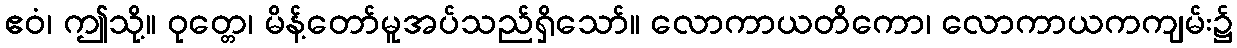
ဧဝံ၊ ဤသို့။ ဝုတ္တေ၊ မိန့်တော်မူအပ်သည်ရှိသော်။ လောကာယတိကော၊ လောကာယကကျမ်း၌